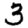
Digit: 3